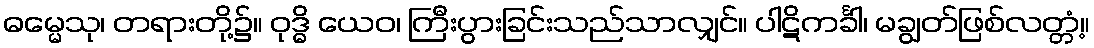
ဓမ္မေသု၊ တရားတို့၌။ ဝုဒ္ဓိ ယေဝ၊ ကြီးပွားခြင်းသည်သာလျှင်။ ပါဋိကင်္ခါ၊ မချွတ်ဖြစ်လတ္တံ့။